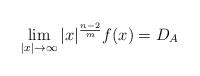
LaTeX: \begin{align*}\lim_{|x|\to\infty}|x|^{\frac{n-2}{m}}f(x)= D_A \end{align*}